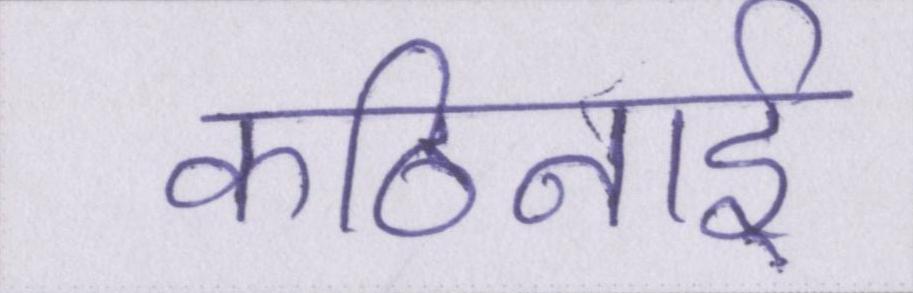
कठिनाई